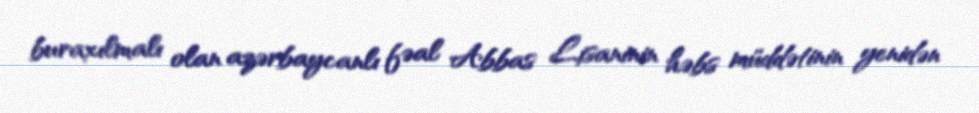
buraxılmalı olan azərbaycanlı fəal Abbas Lisaninin həbs müddətinin yenidən